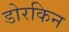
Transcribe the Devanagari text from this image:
डोरकिन